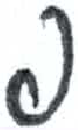
אות: פ